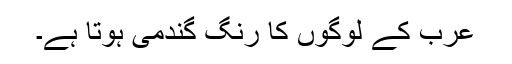
عرب کے لوگوں کا رنگ گندمی ہوتا ہے۔